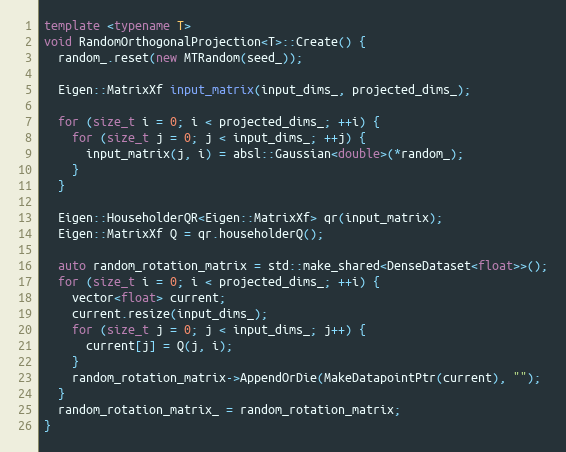
Language: C++
template <typename T>
void RandomOrthogonalProjection<T>::Create() {
  random_.reset(new MTRandom(seed_));

  Eigen::MatrixXf input_matrix(input_dims_, projected_dims_);

  for (size_t i = 0; i < projected_dims_; ++i) {
    for (size_t j = 0; j < input_dims_; ++j) {
      input_matrix(j, i) = absl::Gaussian<double>(*random_);
    }
  }

  Eigen::HouseholderQR<Eigen::MatrixXf> qr(input_matrix);
  Eigen::MatrixXf Q = qr.householderQ();

  auto random_rotation_matrix = std::make_shared<DenseDataset<float>>();
  for (size_t i = 0; i < projected_dims_; ++i) {
    vector<float> current;
    current.resize(input_dims_);
    for (size_t j = 0; j < input_dims_; j++) {
      current[j] = Q(j, i);
    }
    random_rotation_matrix->AppendOrDie(MakeDatapointPtr(current), "");
  }
  random_rotation_matrix_ = random_rotation_matrix;
}